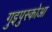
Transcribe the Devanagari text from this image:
गुइपुस्कोआ